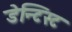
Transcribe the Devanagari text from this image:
डेन्टिस्ट